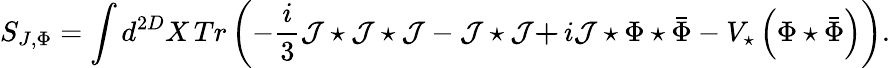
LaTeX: S_{J,\Phi}=\int d^{2D}X\, Tr\left(-\frac{i}{3}\mathcal{J}\star\mathcal{J}\star\mathcal{J}-\mathcal{J}\star\mathcal{J}\mathbf{+\, }i\mathcal{J}\star\Phi\star\bar{\Phi}-V_{\star}\left(\Phi\star\bar{\Phi}\right)\right).